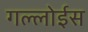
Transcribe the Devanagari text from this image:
गल्लोईस